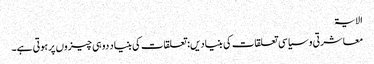
الایۃ
معاشرتی و سیاسی تعلقات کی بنیادیں: تعلقات کی بنیاد دو ہی چیزوں پر ہوتی ہے۔